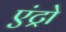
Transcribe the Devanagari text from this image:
एंट्रो